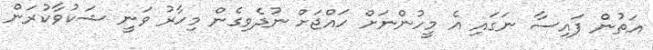
އަތުން ފައިސާ ނަގައި އެ މީހުންނަށް ހައްޖަށް ނުދެވިގެން މިހާރު ވަނީ ޝަކުވާކުރަން